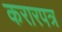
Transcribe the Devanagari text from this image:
करारपत्र